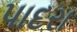
પાદરા